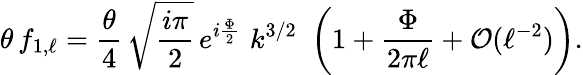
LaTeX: \theta\, f_{1,\ell}=\frac{\theta}{4}\, \sqrt{\frac{i\pi}{2}}\, e^{i\frac{\Phi}{2}}\, \, k^{3/2}\, \, \left(1+\frac{\Phi}{2\pi\ell}+{\cal O}(\ell^{-2})\right).